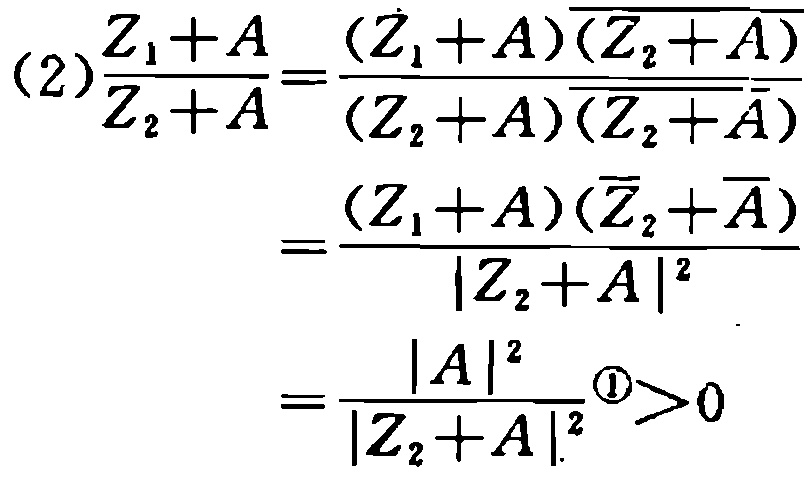
\[
\begin{align*}
(2)\frac{Z_1 + A}{Z_2 + A}&=\frac{(Z_1 + A)\overline{(Z_2 + A)}}{(Z_2 + A)\overline{(Z_2 + A)}}\\
&=\frac{(Z_1 + A)(\overline{Z_2}+\overline{A})}{|Z_2 + A|^2}\\
&=\frac{|A|^2}{|Z_2 + A|^2} ^{\textcircled{1}}>0
\end{align*}
\]